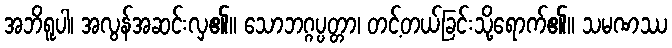
အဘိရူပါ၊ အလွန်အဆင်းလှ၏။ သောဘဂ္ဂပ္ပတ္တာ၊ တင့်တယ်ခြင်းသို့ရောက်၏။ သမဏဿ